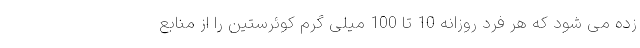
زده می شود که هر فرد روزانه 10 تا 100 میلی گرم کوئرستین را از منابع